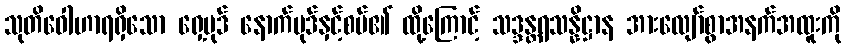
သုတိဝေါဟာရရှိသော ရှေ့ပုဒ် နောက်ပုဒ်နှင့်စပ်၏ ထို့ကြောင့် သဒ္ဒန္တရသန္နိဋ္ဌာန အားလျော်စွာအနက်အထူးကို